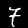
Label: 7